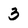
Character: 3